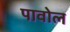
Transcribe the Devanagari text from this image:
पावोल